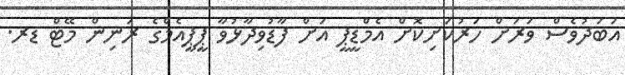
އަބަދުވެސް ވަރަށް ހަރުކަށިކޮށް އެމްޑީޕީ އަށް ފާޑުވިދާޅުވާ ޕީޕީއެމްގެ ރަނިން މޭޓް ޑރ.